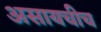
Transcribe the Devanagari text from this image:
असायचीच